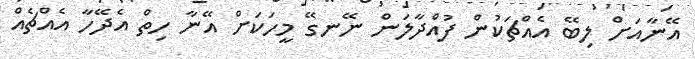
އޭނާއަށް ލިބޭ އެއްޗަކުން ފުއްދާލަން ނޭނގޭ މީހަކަށް އޭނާ ހިތް އެދޭހާ އެއްޗެއް